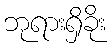
ဘုရားရှိခိုး